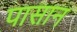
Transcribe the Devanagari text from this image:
पासान